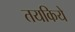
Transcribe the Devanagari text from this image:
तयकिये